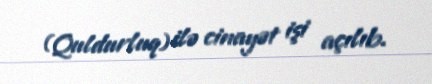
(Quldurluq) ilə cinayət işi açılıb.